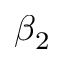
\beta _ { 2 }